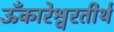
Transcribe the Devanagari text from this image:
ऊँकारेश्वरतीर्थ